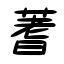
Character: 蓍